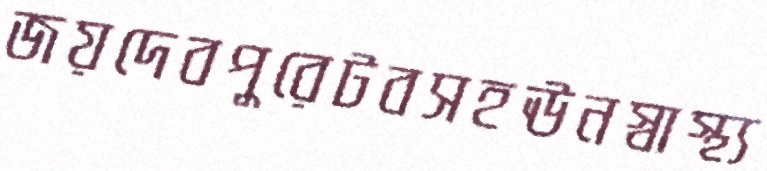
জয়দেবপুরেটবসহঊনস্বাস্থ্য